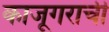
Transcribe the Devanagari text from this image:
काजूगराची